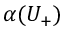
\alpha ( U _ { + } )